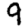
Digit: 9